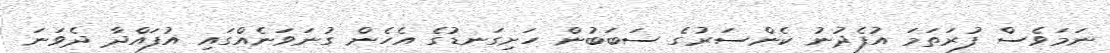
ނަމަވެސް ފުރަތަމަ އުފެދުނު ކެންސަރުގެ ސަބަބުން ހަށިގަނޑުގެ އެހެން ގުނަވަނެއްގައި އުފައްދާ ދެވަނަ